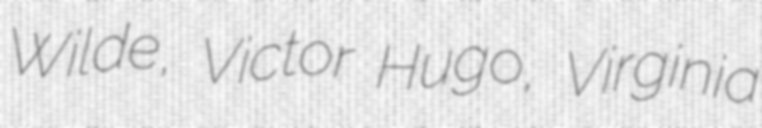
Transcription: Wilde, Victor Hugo, Virginia